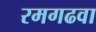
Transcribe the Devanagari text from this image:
रमगढवा